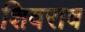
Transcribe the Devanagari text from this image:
शिवराव